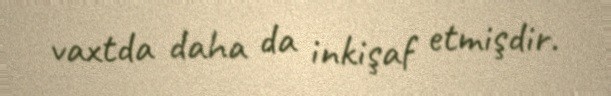
vaxtda daha da inkişaf etmişdir.